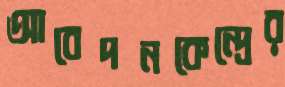
আবেদনকেন্দ্রের